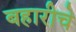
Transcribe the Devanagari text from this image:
बहारीचे